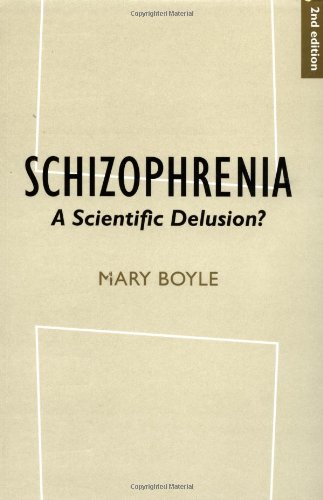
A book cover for Schizophrenia: A Scientific Delusion?; Mary Boyle; Medical Books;